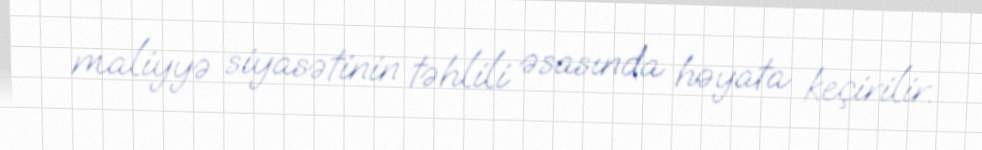
maliyyə siyasətinin təhlili əsasında həyata keçirilir.